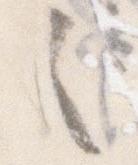
之